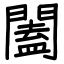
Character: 闔